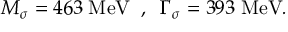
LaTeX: { \frac { \langle \pi _ { k } ^ { 4 } \rangle } { 3 \langle \pi _ { k } ^ { 2 } \rangle ^ { 2 } } } - 1 , { \frac { \langle \pi _ { k } ^ { 6 } \rangle } { 1 5 \langle \pi _ { k } ^ { 2 } \rangle ^ { 3 } } } - 1 , \ldots , \qquad k = 0 , 1 , \ldots L